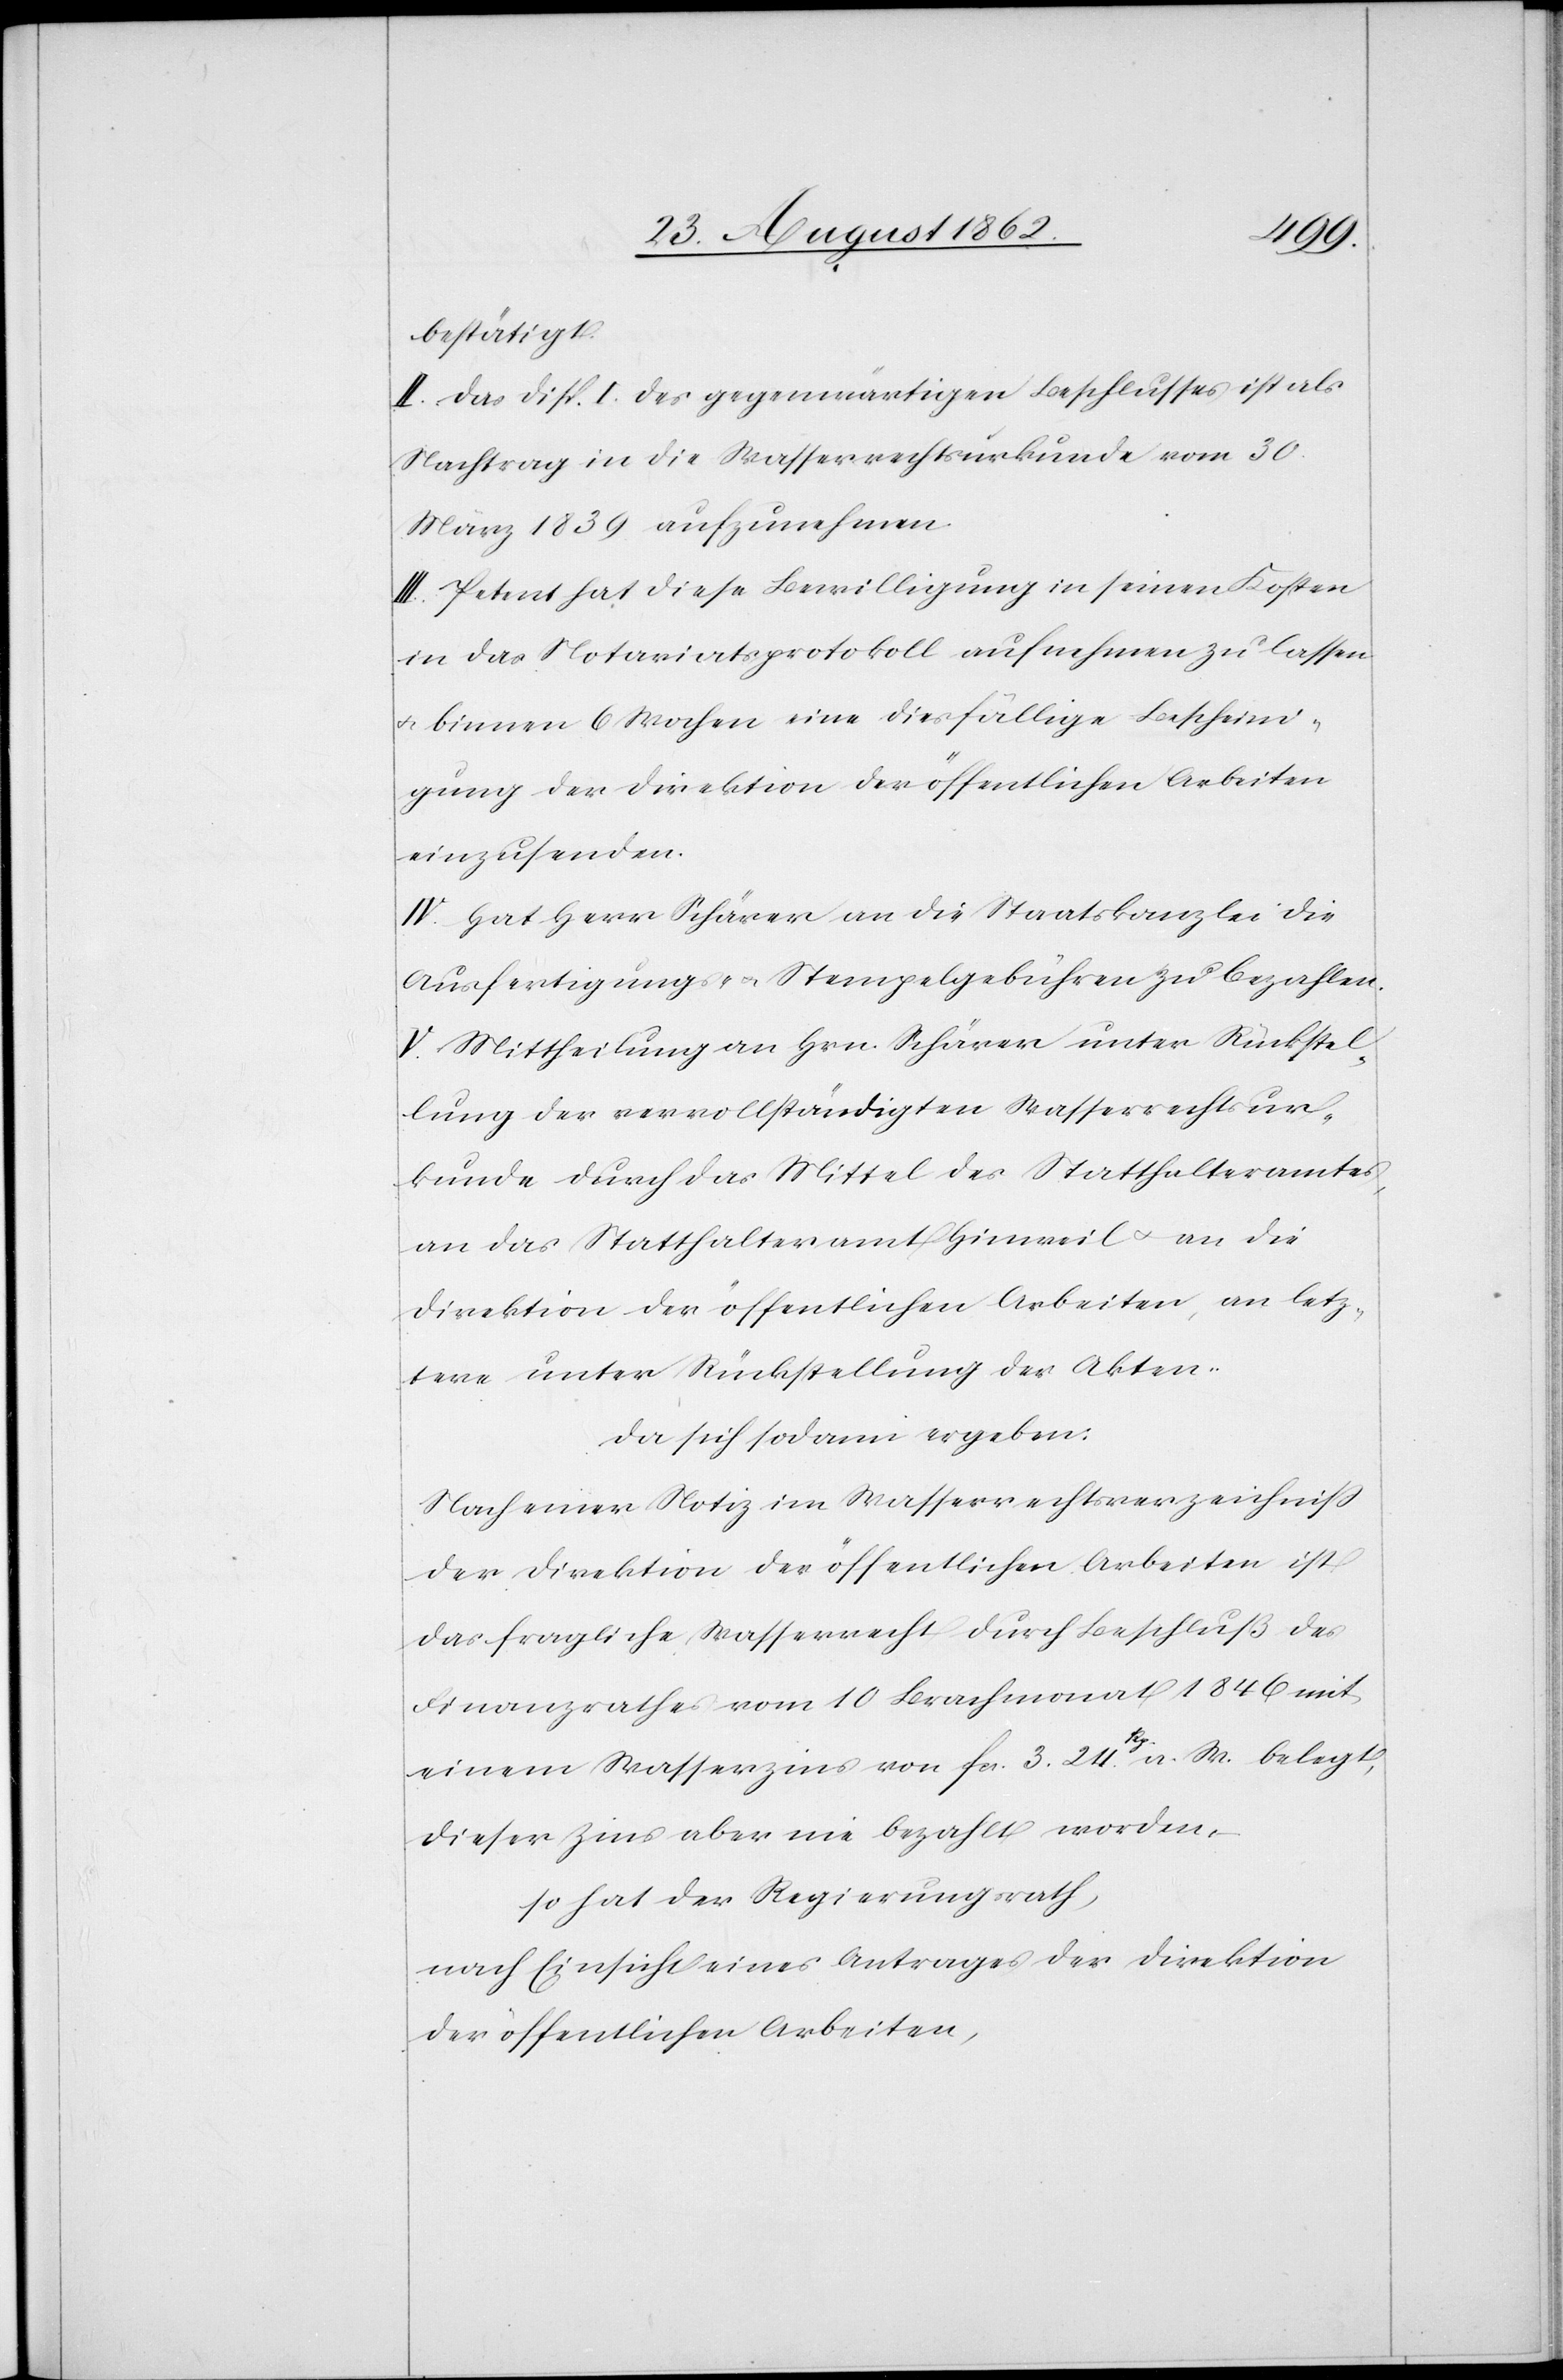
bestätigt.
II. Das Disp. I des gegenwärtigen Beschlusses ist als
Nachtrag in die Wasserrechtsurkunde vom 30.
März 19839 aufzunehmen.
III. Petent hat diese Bewilligung in seinen Kosten
in das Notariatsprotokoll aufnehmen zu lassen
u. binnen 6 Wochen eine diesfällige Bescheini¬
gung der Direktion der öffentlichen Arbeiten
einzusenden.
IV. Hat Herr Schärer an die Staatskanzlei die
Ausfertigungs- u. Stempelgebühren zu bezahlen.
an das Statthalteramt Hinweil u. an die
Direktion der öffentlichen Arbeiten, an letz¬
tere unter Rückstellung der Akten.
Da sich sodann ergeben:
Nach einer Notiz im Wasserrechtsverzeichniß
der Direktion der öffentlichen Arbeiten ist
das fragliche Wasserrecht durch Beschluß des
Finanzrathes vom 10. Brachmonat 1846 mit
einem Wasserzins von fcs. 3. 24 Rp. a. W. belegt,
dieser Zins aber nie bezahlt worden,
so hat der Regierungsrath,
nach Einsicht eines Antrages der Direktion
der öffentlichen Arbeiten,